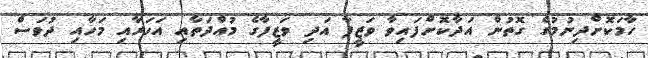
ހާމަކޮށްދިނުމުގެ ގޮތުން އަދާކޮށްފައިވާ ވަޒީފާ އަދި ވަޒީފާގެ މުއްދަތާއި އަހަރާއި މަހާއި ދުވަސް